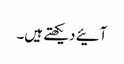
آئیے دیکھتے ہیں۔